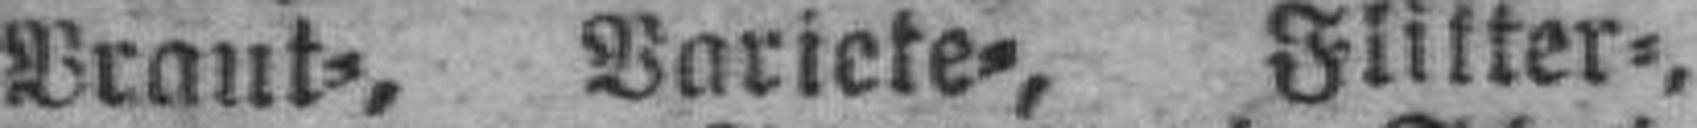
Braut=, Variete=, Flitter=,